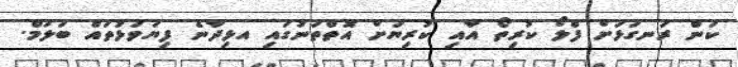
ކަން ރަނގަޅަށް ފްލޯ ކުރިތޯ އާއި ކުރިޔަށް އޮތްތަނުގައި އޅިދާނެ ފިޔަވަޅުތައް ބަލަމް.